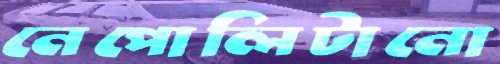
নেপোলিটানো